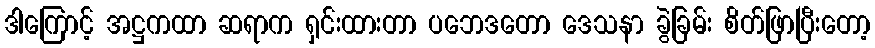
ဒါကြောင့် အဋ္ဌကထာ ဆရာက ရှင်းထားတာ ပဘေဒတော ဒေသနာ ခွဲခြမ်း စိတ်ဖြာပြီးတော့